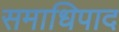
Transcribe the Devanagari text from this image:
समाधिपाद